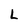
Character: L